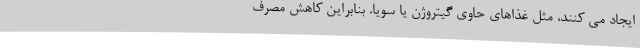
ایجاد می کنند، مثل غذاهای حاوی گیتروژن یا سویا. بنابراین کاهش مصرف